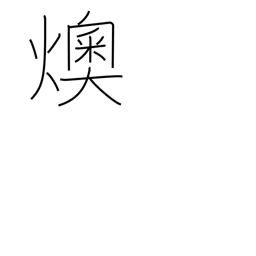
Meaning: embers